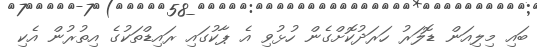
ބައި މިލިއަން ޑޮލަރު ހަރަދުކޮށްގެން ހުޅުވި އެ ޕާކުގައި ރައިޑްތަކުގެ އިތުރުން އެކި